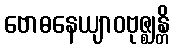
ဗောဓနေယျာဝဗုဇ္ဈန္တိ